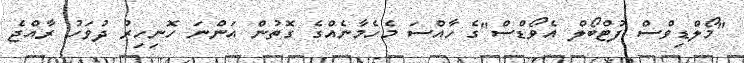
"މޯލްޑިވްސް ފުޓްބޯލް އެވޯޑްސް"ގެ ހާއްސަ މެހެމާނެއްގެ ގޮތުން އަންނަ ހޮނިހިރު ދުވަހު ރާއްޖެ